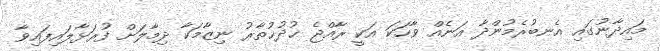
މައިދާނުގައި އެނބުރެމުންދާ އަނެއް ވާހަކަ އަކީ ރާއްޖެ ޚުދުޚުތާރު ނިޒާމަކާ ދިމާލަށް ފުރަޅާލައިފައިވާ